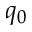
q _ { 0 }